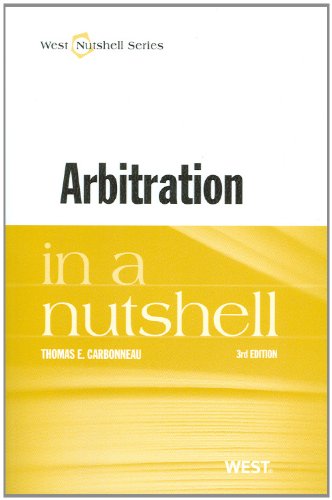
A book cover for Arbitration in a Nutshell; Thomas Carbonneau; Law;